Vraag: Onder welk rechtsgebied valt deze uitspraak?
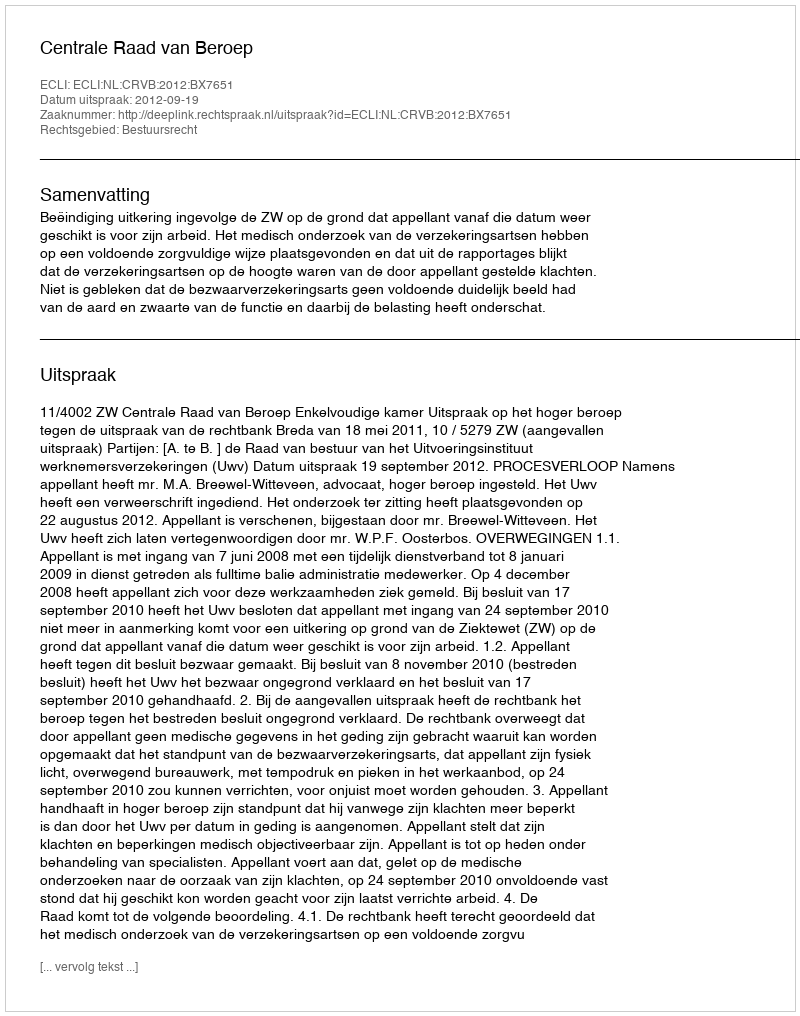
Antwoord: Bestuursrecht